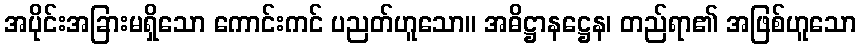
အပိုင်းအခြားမရှိသော ကောင်းကင် ပညတ်ဟူသော။ အဓိဋ္ဌာနဋ္ဌေန၊ တည်ရာ၏ အဖြစ်ဟူသော